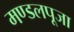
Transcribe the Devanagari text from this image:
मण्डलपूजा